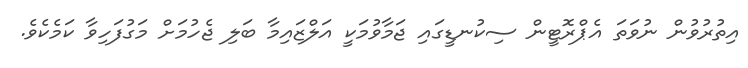
އިތުރުވުން ނުވަތަ އެޕްރޮޓީން ސިކުނޑީގައި ޖަމާވުމަކީ އަލްޒައިމާ ބަލި ޖެހުމަށް މަގުފަހިވާ ކަމެކެވެ.